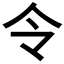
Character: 令